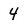
Character: 4